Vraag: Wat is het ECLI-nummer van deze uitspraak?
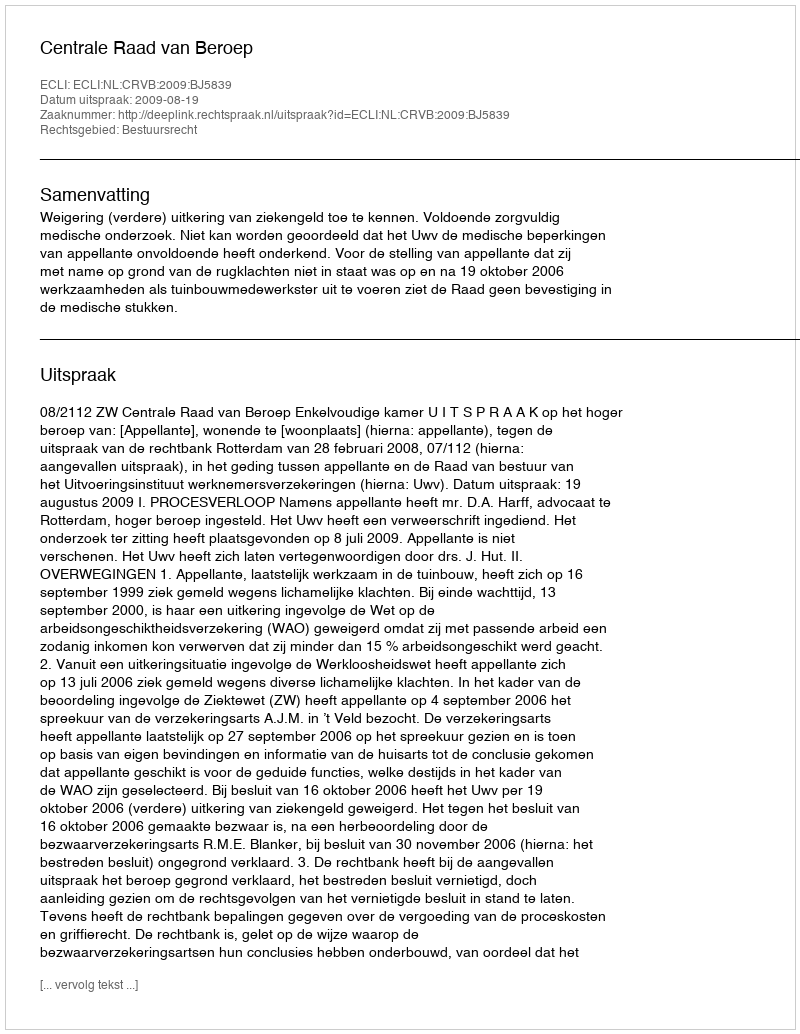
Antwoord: ECLI:NL:CRVB:2009:BJ5839